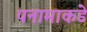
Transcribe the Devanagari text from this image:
पनामाकडे